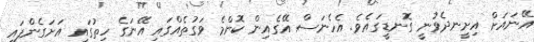
އޭނައަށް އިށީނދެވުނީ ގޮނޑީގައެވެ. އެހެނަސް އޭގެއިން ކޮންމެ ވަގުތެއްގައި އޭނަގެ ހިތުގައި އަށަގެންފައި